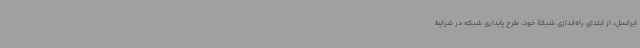
ایرانسل، از ابتدای راه‌اندازی شبکۀ خود، طرح پایداری شبکه در شرایط